Report on the metropolitan horse fairs and district horse shows of 1892-93 - 1892-1893
Year: 1892
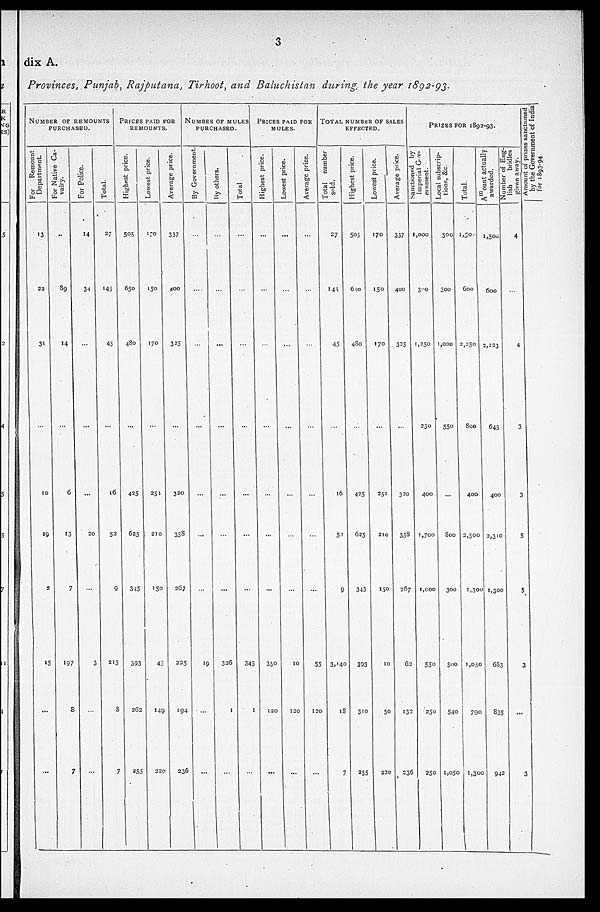
3
dix A.
Provinces, Punjab, Rajputana, Tirhoot, and Baluchistan during the year 1892-93.
NUMBER OF REMOUNTS
PURCHASED.
For Remount
Department
13
22
31
...
10
19
2
15
...
...
For Native ca-
valry.
..
89
14
...
6
13
7
197
8
7
For Police.
14
34
...
...
...
20
...
3
...
...
Total.
27
145
45
...
16
52
9
213
8
7
PRICES PAID FOR
REMOUNTS
Highest price.
505
650
480
...
425
625
345
393
262
253
Lowest price.
170
150
170
...
251
210
150
45
149
220
Average price.
337
400
325
...
320
358
267
225
194
236
NUMBER OF MULES
PURCHASED.
By Government.
...
...
...
...
...
...
...
19
...
...
By others.
...
...
...
...
...
...
...
326
1
...
Total
...
...
...
...
...
...
...
345
1
...
PRICES PAID FOR
MULES.
Highest price.
...
...
...
...
...
...
...
350
120
...
Lowest price.
...
...
...
...
...
...
...
10
120
...
Ave r
a ge price.
...
...
...
...
...
...
...
55
120
...
TOTAL NUMBER OF SALES
EFFECTED.
Total number
sold.
27
145
45
...
16
52
9
3, 140
18
7
Highest price.
505
650
480
...
425
625
343
393
310
255
Lowest price.
170
150
170
...
251
210
150
10
50
220
Ave r
a ge price.
337
400
325
...
320
358
267
62
132
236
PRIZES FOR 1892-93.
Sanctioned by
Imperial Gov-
ernment.
1,000
300
1,250
...
400
1,700
1,000
550
250
250
Local subscrip-
tions, &c.
500
300
1,000
550
...
800
300
500
540
1,050
Total.
1,50
600
2,230
800
400
2,500
1,300
1,050
790
1,300
Amo u n t actually
awarded.
1,500
600
2,123
645
400
2,310
1,300
683
835
942
Number of Eng-
lish bridles
given away.
4
...
4
3
3
5
5
3
...
3
Amount of prizes sanctioned
by the Government of India
for 1893-94